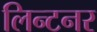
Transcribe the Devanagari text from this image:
लिन्टनर